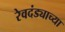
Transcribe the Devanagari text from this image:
रेवदंड्याच्या